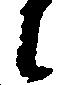
に